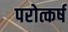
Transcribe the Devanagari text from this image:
परोत्कर्ष